Indian journal of veterinary science and animal husbandry - Volume 4,
Year: 1934
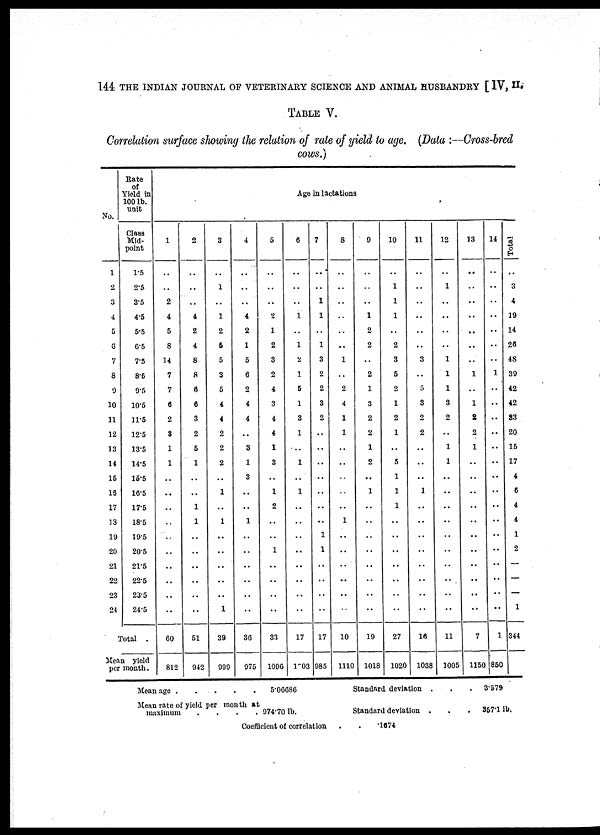
144 THE INDIAN JOURNAL OF VETERINARY SCIENCE AND ANIMAL HUSBANDRY [ IV, II.
TABLE V.
Correlation surface showing the relation of rate of yield to age. (Data :—Cross-bred
cows.)
No.
1
2
3
4
5
6
7
8
9
10
11
12
13
14
15
16
17
18
19
20
21
22
23
24
Rate
of
Yield in
100 lb.
unit
Class
Mid-
point
1.5
2.5
3.5
4.5
5.5
6.5
7.5
8.6
9.5
10.5
11.5
12.5
13.5
14.5
15.5
16.5
17.5
18.5
19.5
20.5
21.5
22.5
23.5
24.5
Total .
Mean yield
per month.
1
..
..
2
4
5
8
14
7
7
6
2
3
1
1
..
..
..
..
..
..
..
..
..
..
60
812
2
..
..
..
4
2
4
8
8
6
6
3
2
5
1
..
..
1
1
..
..
..
..
..
..
51
942
3
..
1
..
1
2
5
5
3
5
4
4
2
2
2
..
1
..
1
..
..
..
..
..
1
39
999
4
..
..
..
4
2
1
5
6
2
4
4
..
3
1
3
..
..
1
..
..
..
..
..
..
36
975
5
..
..
..
2
1
2
3
2
4
3
4
4
1
3
..
1
2
..
..
1
..
..
..
..
33
1096
Age in lactations
6
..
..
..
1
..
1
2
1
5
1
3
1
..
1
..
1
..
..
..
..
..
..
..
..
17
1003
7
..
..
1
1
..
1
3
2
2
3
2
..
..
..
..
..
..
..
1
1
..
..
..
..
17
985
8
..
..
..
..
..
..
1
..
2
4
1
1
..
..
..
..
..
1
..
..
..
..
..
..
10
1110
9
..
..
..
1
2
2
..
2
1
3
2
2
1
2
..
1
..
..
..
..
..
..
..
..
19
1018
10
..
1
1
1
..
2
3
5
2
1
2
1
..
5
1
1
1
..
..
..
..
..
..
..
27
1020
11
..
..
..
..
..
..
3
..
5
3
2
2
..
..
..
..
..
..
..
..
..
..
..
..
16
1038
12
..
1
..
..
..
..
1
1
1
3
2
..
1
1
..
..
..
..
..
..
..
..
..
..
11
1005
13
..
..
..
..
..
..
..
1
..
1
2
2
1
..
..
..
..
..
..
..
..
..
..
..
7
1150
14
..
..
..
..
..
..
..
1
..
..
..
..
..
..
..
..
..
..
..
..
..
..
..
..
1
850
Total
...
3
4
19
14
28
48
39
42
42
83
20
15
17
4
6
4
4
1
2
—
—
—
1
344
Mean age
.
.
.
.
.
5.06686
Mean rate of yield per month at
maximum
.
.
.
. 974.70 lb.
Standard deviation
. . . 3.579
Standard deviation . . . 357.1 lb.
Coefficient of correlation
.
.
1674